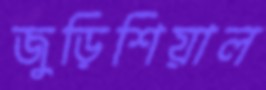
জুড়িশিয়াল